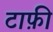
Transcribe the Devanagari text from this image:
टाफ़ी